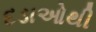
દડાઓથી